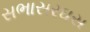
સભાસરઘસ